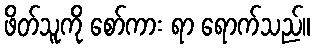
ဖိတ်သူကို စော်ကား ရာ ရောက်သည်။